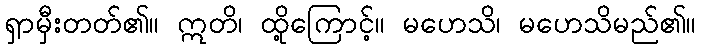
ရှာမှီးတတ်၏။ ဣတိ၊ ထို့ကြောင့်။ မဟေသိ၊ မဟေသိမည်၏။